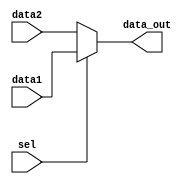
module Mux1(
    input [4:0] data1,
    input [4:0] data2,
    input sel,
    output [4:0] data_out
);

    assign data_out = (sel) ? data1 : data2;

endmodule